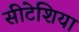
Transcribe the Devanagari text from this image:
सीटेशिया